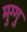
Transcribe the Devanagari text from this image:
मुग्गु